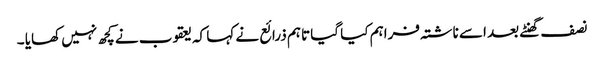
نصف گھنٹے بعد اسے ناشتہ فراہم کیا گیا تاہم ذرائع نے کہا کہ یعقوب نے کچھ نہیں کھایا ۔